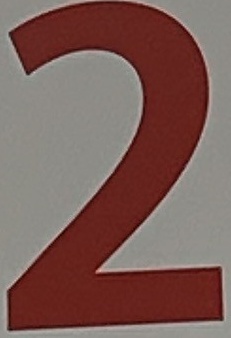
2